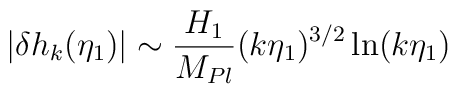
\left|\delta {h_k}(\eta_{1})\right| \sim {H_1\over M_{Pl}} (k\eta_1)^{3/2} \ln(k\eta_1)